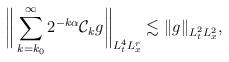
LaTeX: \begin{align*} \bigg\|\sum_{k=k_0}^\infty 2^{- k\alpha} \mathcal{C}_k g\bigg\|_{L^4_tL^r_x} \lesssim \|g\|_{L^2_tL^2_x},\end{align*}